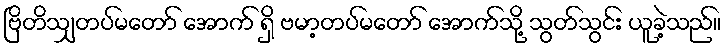
ဗြိတိသျှတပ်မတော် အောက် ရှိ ဗမာ့တပ်မတော် အောက်သို့ သွတ်သွင်း ယူခဲ့သည်။